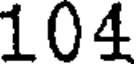
104